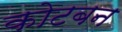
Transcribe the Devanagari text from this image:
कोटबन